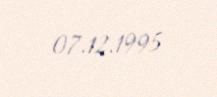
07.12.1995